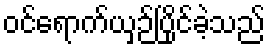
ဝင်ရောက်ယှဉ်ပြိုင်ခဲ့သည်